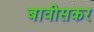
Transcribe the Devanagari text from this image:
बावीसकर